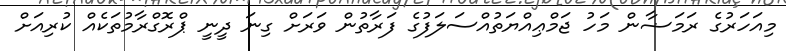
މިއަހަރުގެ ރަމަޟާން މަހު ޖަމްޢިއްޔަތުއްސަލަފުގެ ފަރާތުން ވަރަށް ގިނަ ދީނީ ޕްރޮގްރާމުތަކެއް ކުރިއަށް